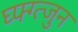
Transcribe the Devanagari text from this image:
घ्फ्ग्त्जुन